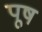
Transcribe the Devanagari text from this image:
पूष